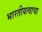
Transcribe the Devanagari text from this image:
भारतीयत्वाचा